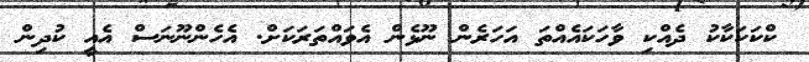
ކްކަކަކާކު ދެއްކި ވާހަކައެއްތަ އަހަރެން ނޫޅެން އެވައްތަރަކަށް. އެހެންނޫނަސް އެއީ ކުދިން